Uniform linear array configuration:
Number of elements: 8
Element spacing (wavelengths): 0.75
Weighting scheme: exponential
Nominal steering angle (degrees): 60
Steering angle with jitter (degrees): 61.877
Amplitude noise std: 0.05
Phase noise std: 0.05

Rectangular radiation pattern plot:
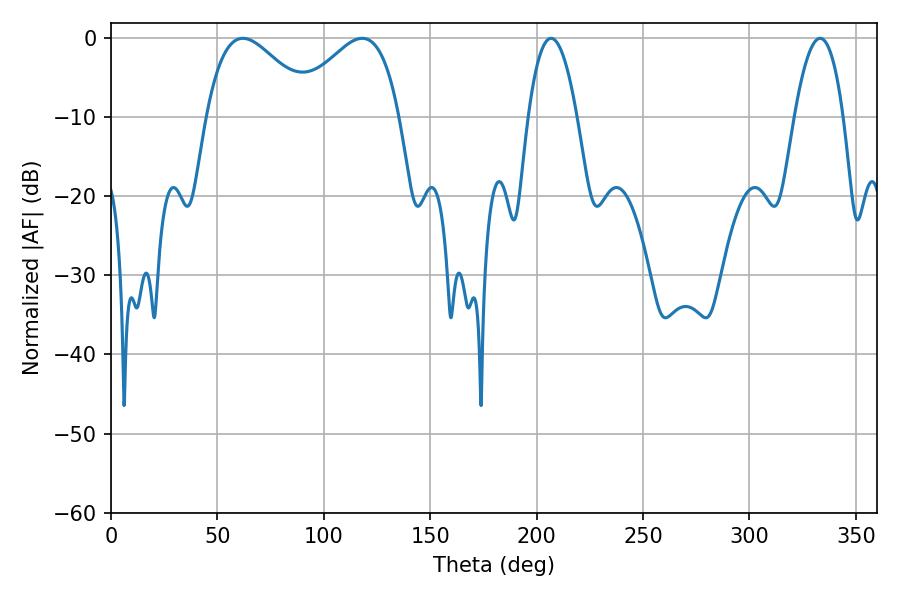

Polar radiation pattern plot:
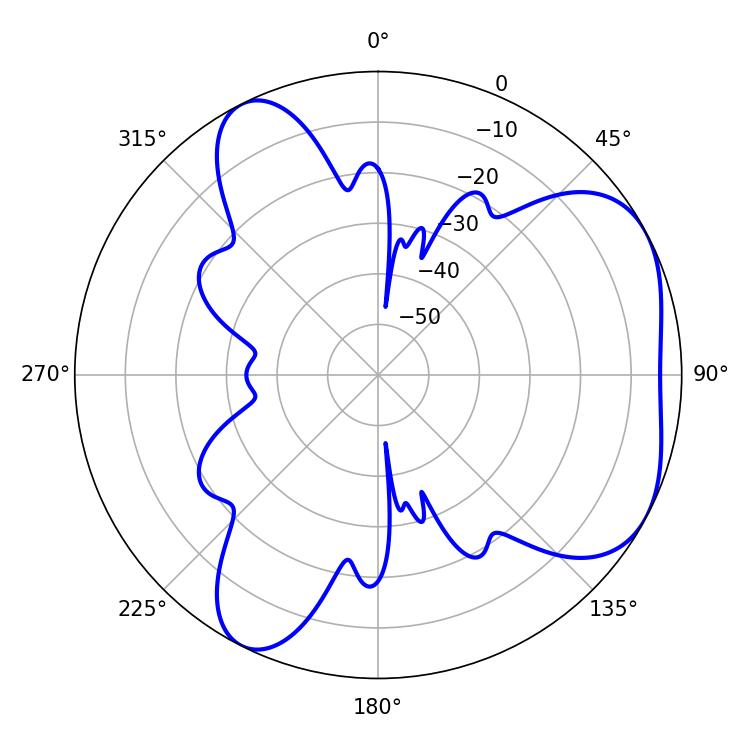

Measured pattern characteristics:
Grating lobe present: TRUE
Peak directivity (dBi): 4.721
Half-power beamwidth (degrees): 27.36
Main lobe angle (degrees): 61.92